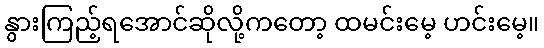
နွားကြည့်ရအောင်ဆိုလို့ကတော့ ထမင်းမေ့ ဟင်းမေ့။